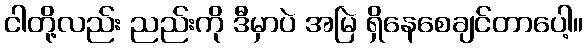
ငါတို့လည်း ညည်းကို ဒီမှာပဲ အမြဲ ရှိနေစေချင်တာပေါ့။